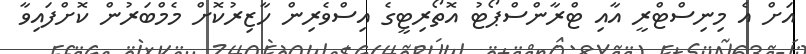
އަށް އެ މިނިސްޓްރީ އާއި ޓްރާންސްޕޯޓު އޮތޯރިޓީގެ އިސްވެރިން ހާޒިރުކޮށް މެމްބަރުން ކޮށްފައިވާ